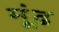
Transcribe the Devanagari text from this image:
मूंढ